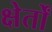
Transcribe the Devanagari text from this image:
क्षेर्तों